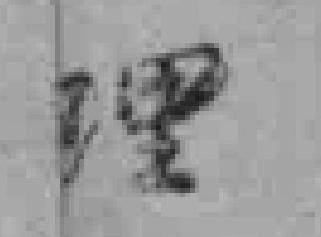
理